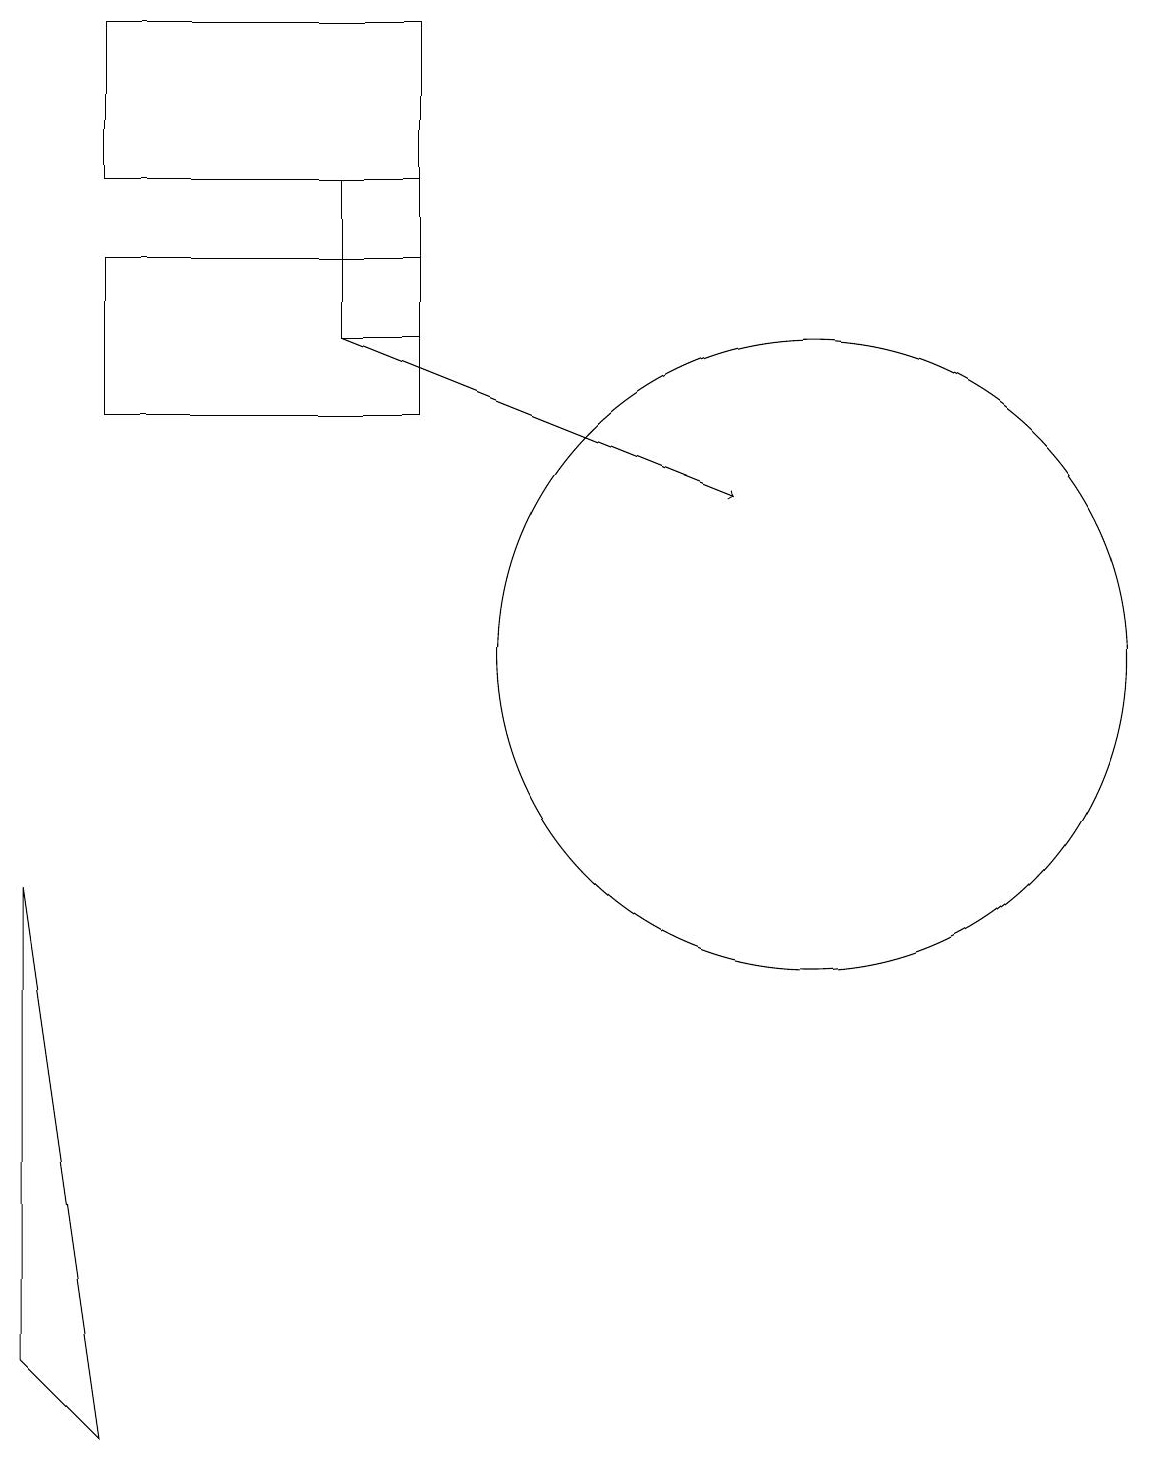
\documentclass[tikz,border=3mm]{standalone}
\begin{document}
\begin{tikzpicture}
\draw (5,14) rectangle (1,16);
\draw (5,15) rectangle (4,17);
\draw (0,8) -- (1,1) -- (0,2) -- cycle;
\draw (10,11) circle (4);
\draw (5,19) rectangle (1,17);
\draw[->] (4,15) -- (9,13);
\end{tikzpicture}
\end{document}